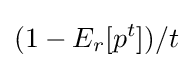
(1-E_{r}[p^{t}])/t